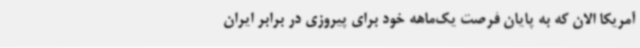
آمریکا الان که به پایان فرصت یک‌ماهه خود برای پیروزی در برابر ایران